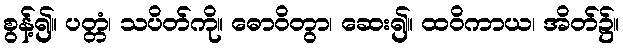
စွန့်၍။ ပတ္တံ၊ သပိတ်ကို။ ဓောဝိတွာ၊ ဆေး၍။ ထဝိကာယ၊ အိတ်၌။